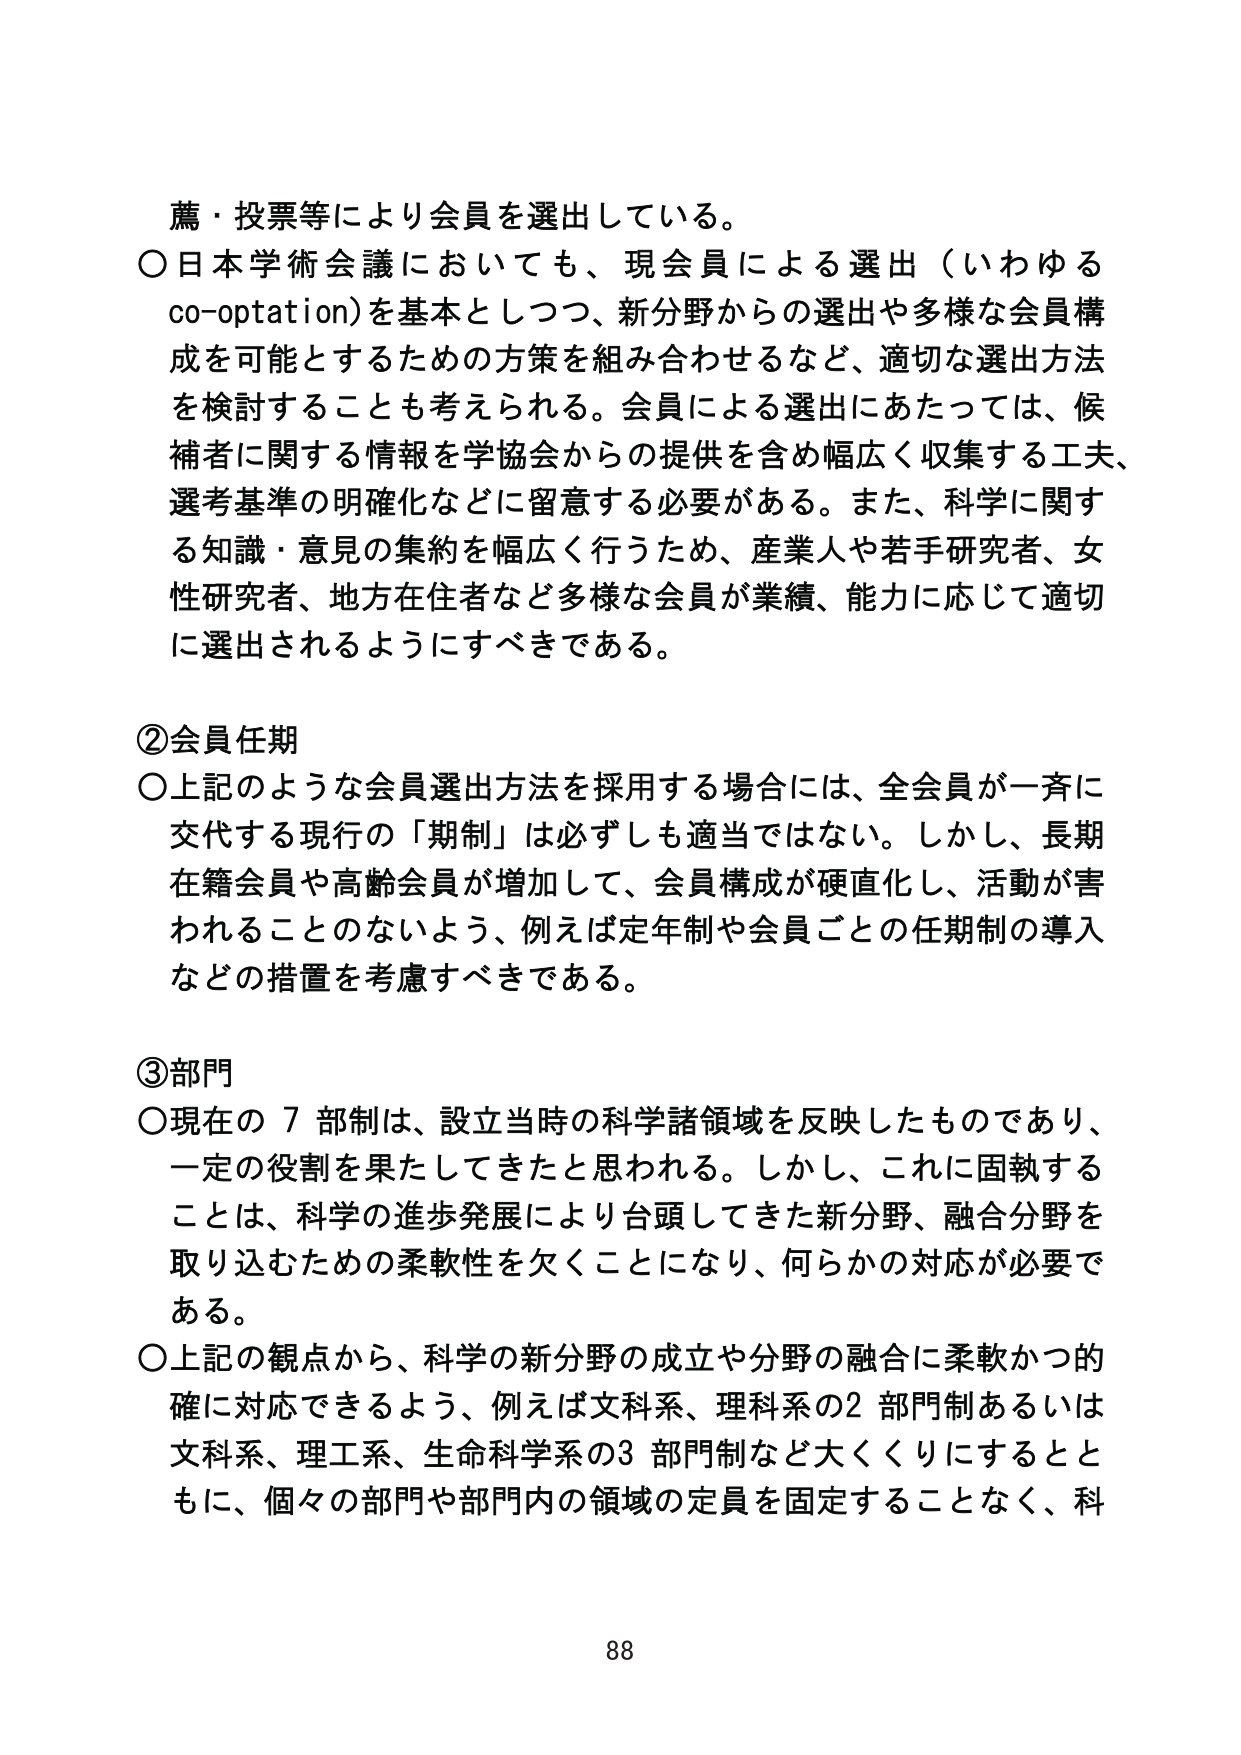
薦・投票等により会員を選出している。
○日本学術会議においても、現会員による選出（いわゆる co-optation）を基本としつつ、新分野からの選出や多様な会員構成を可能とするための方策を組み合わせるなど、適切な選出方法を検討することも考えられる。会員による選出にあたっては、候補者に関する情報を学協会からの提供を含め幅広く収集する工夫、選考基準の明確化などに留意する必要がある。また、科学に関する知識・意見の集約を幅広く行うため、産業人や若手研究者、女性研究者、地方在住者など多様な会員が業績、能力に応じて適切に選出されるようにすべきである。

②会員任期
○上記のような会員選出方法を採用する場合には、全会員が一斉に交代する現行の「期制」は必ずしも適当ではない。しかし、長期在籍会員や高齢会員が増加して、会員構成が硬直化し、活動が害されることのないよう、例えば定年制や会員ごとの任期制の導入などの措置を考慮すべきである。

③部門
○現在の７部制は、設立当時の科学諸領域を反映したものであり、一定の役割を果たしてきたと思われる。しかし、これに固執することは、科学の進歩発展により台頭してきた新分野、融合分野を取り込むための柔軟性を欠くことになり、何らかの対応が必要である。
○上記の観点から、科学の新分野の成立や分野の融合に柔軟かつ的確に対応できるよう、例えば文科系、理科系の２部門制あるいは文科系、理工系、生命科学系の３部門制など大きくするともに、個々の部門や部門内の領域の定員を固定することなく、科

88